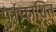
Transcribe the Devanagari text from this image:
पुर्नप्रकाशित